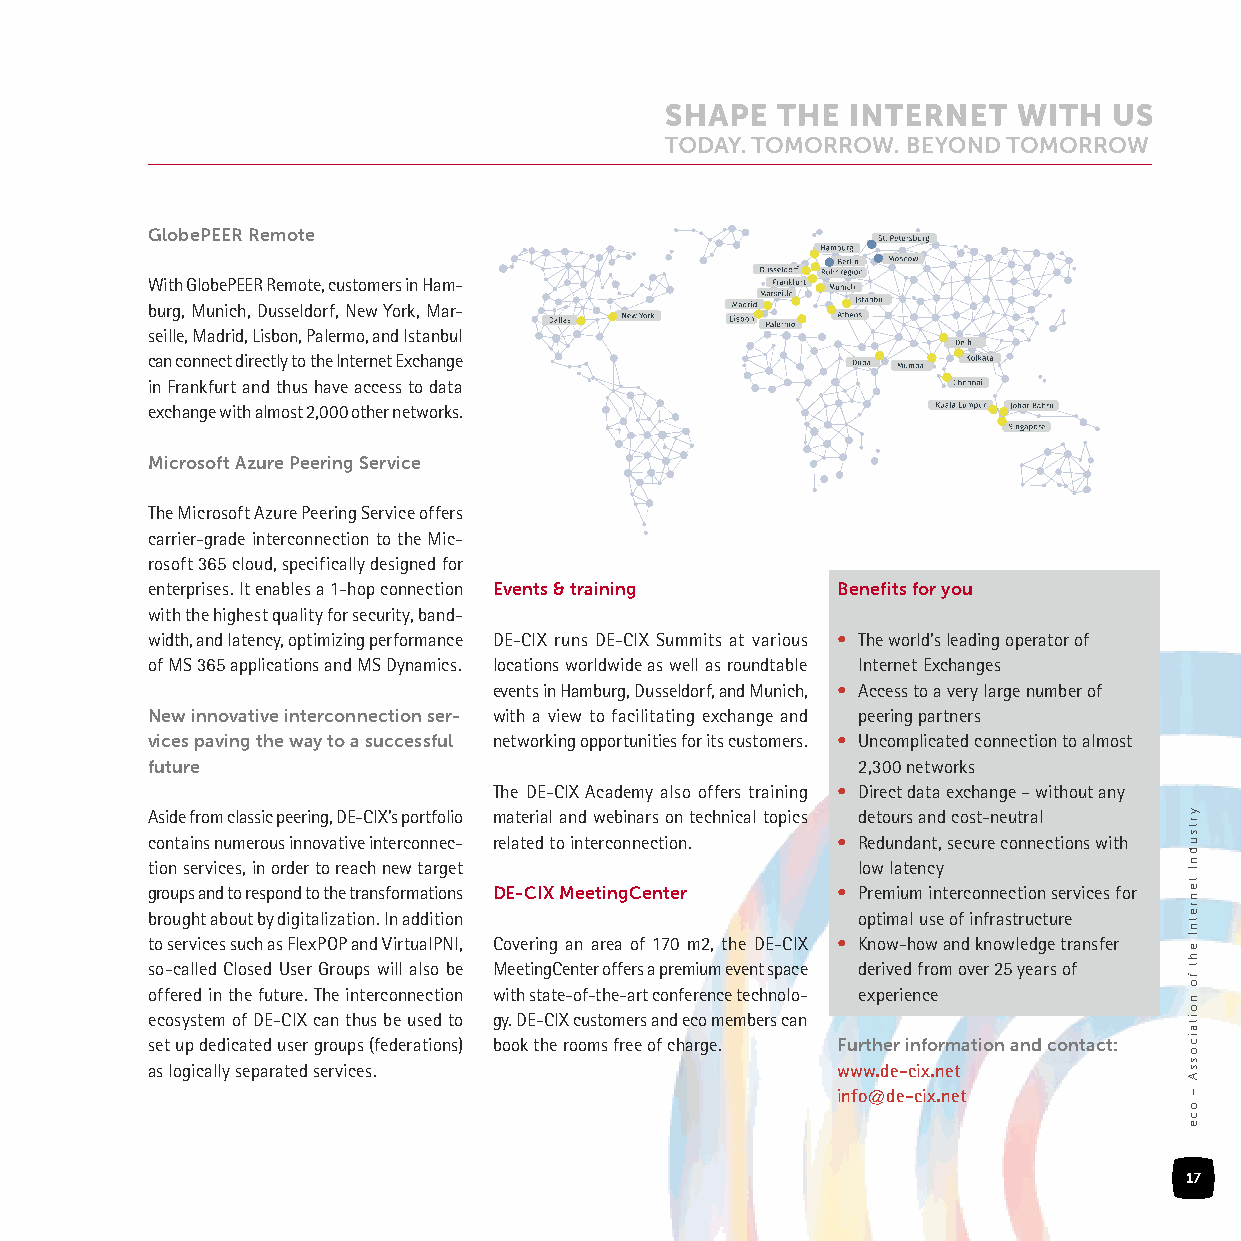
GlobePEER Remote
 With GlobePEER Remote, customers in Ham-
 burg, Munich, Dusseldorf, New York, Mar-
 seille, Madrid, Lisbon, Palermo, and Istanbul
 can connect directly to the Internet Exchange
 in Frankfurt and thus have access to data
 exchange with almost 2,000 other networks.
 Microsoft Azure Peering Service
 The Microsoft Azure Peering Service offers
 carrier-grade interconnection to the Mic-
 rosoft 365 cloud, specifically designed for
 enterprises. It enables a 1-hop connection Events & training Benefits for you
 with the highest quality for security, band-
 width, and latency, optimizing performance DE-CIX runs DE-CIX Summits at various • The world’s leading operator of
 of MS 365 applications and MS Dynamics. locations worldwide as well as roundtable Internet Exchanges
 events in Hamburg, Dusseldorf, and Munich, • Access to a very large number of
 New innovative interconnection ser- with a view to facilitating exchange and peering partners
 vices paving the way to a successful networking opportunities for its customers. • Uncomplicated connection to almost
 future                                         2,300 networks
 The DE-CIX Academy also offers training • Direct data exchange – without any
 Aside from classic peering, DE-CIX’s portfolio material and webinars on technical topics detours and cost-neutral
 contains numerous innovative interconnec- related to interconnection. • Redundant, secure connections with
 tion services, in order to reach new target    low latency
 groups and to respond to the transformations DE-CIX MeetingCenter • Premium interconnection services for
 brought about by digitalization. In addition   optimal use of infrastructure
 to services such as FlexPOP and VirtualPNI, Covering an area of 170 m2, the DE-CIX • Know-how and knowledge transfer
 so-called Closed User Groups will also be MeetingCenter offers a premium event space derived from over 25 years of
 offered in the future. The interconnection with state-of-the-art conference technolo- experience
 ecosystem of DE-CIX can thus be used to gy. DE-CIX customers and eco members can
 set up dedicated user groups (federations) book the rooms free of charge. Further information and contact:
 as logically separated services.             www.de-cix.net
 info@de-cix.net
 17
 yrtsudnI
 tenretnI
 eht
 fo
 noitaicossA
 –
 oce